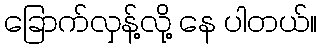
ခြောက်လှန့်လို့ နေ ပါတယ်။